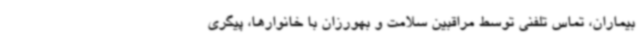
بیماران، تماس تلفنی توسط مراقبین سلامت و بهورزان با خانوارها، پیگری